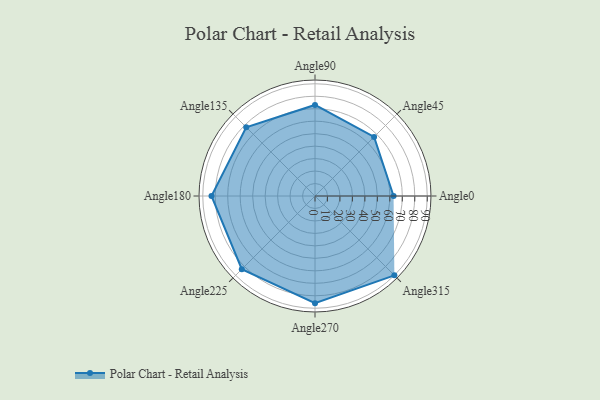
{"axis": {"x": "Angle", "y": "Radius"}, "legend": [""], "data": [{"x": "Angle0", "y": 63.0, "type": ""}, {"x": "Angle45", "y": 67.0, "type": ""}, {"x": "Angle90", "y": 73.0, "type": ""}, {"x": "Angle135", "y": 78.0, "type": ""}, {"x": "Angle180", "y": 83.0, "type": ""}, {"x": "Angle225", "y": 83.0, "type": ""}, {"x": "Angle270", "y": 86.0, "type": ""}, {"x": "Angle315", "y": 90.0, "type": ""}]}